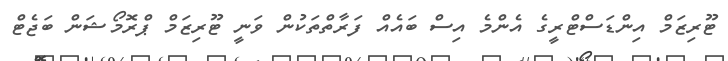
ޓޫރިޒަމް އިންޑަސްޓްރީގެ އެންމެ އިސް ބައެއް ފަރާތްތަކުން ވަނީ ޓޫރިޒަމް ޕްރޮމޯޝަން ބަޖެޓް